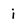
Character: i